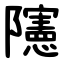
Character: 䧮